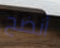
أنضج